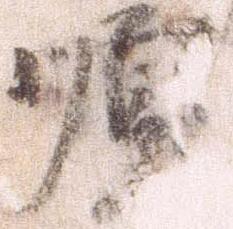
順